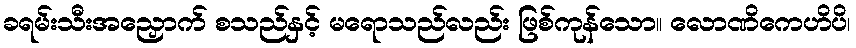
ခရမ်းသီးအညှောက် စသည်နှင့် မရောသည်လည်း ဖြစ်ကုန်သော။ လောဏိကေဟိပိ၊